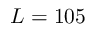
L = 1 0 5